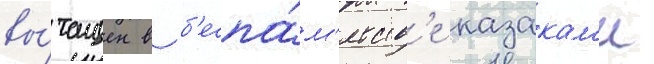
вы́тащен в б'еспа́м'ятств'е казакам'и